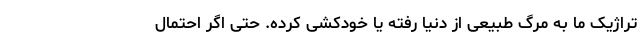
تراژیک ما به مرگ طبیعی از دنیا رفته یا خود‌کشی کرده. حتی اگر احتمال